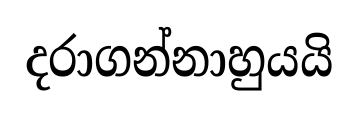
දරාගන්නාහුයයි